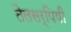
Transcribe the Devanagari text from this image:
तैलसर्पिषी